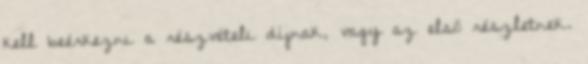
kell beérkezni a részvételi díjnak, vagy az első részletnek.